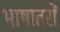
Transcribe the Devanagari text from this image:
भाषातरों